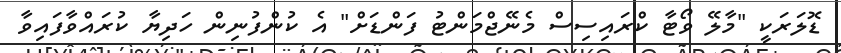
ޑޮލަރަކީ "މާލޭ ވޯޓާ ކްރައިސިސް މެނޭޖްމަންޓު ފަންޑަށް" އެ ކުންފުނިން ހަދިޔާ ކުރައްވާފައިވާ